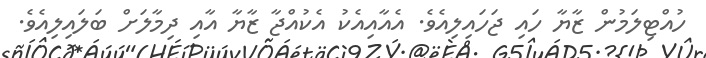
ހުއްޓިލަމުން ޒާޔާ ހައި ޖަހައިލިއެވެ. އެއާއިއެކު އެކުއްޖާ ޒާޔާ އާއި ދިމާލަށް ބަލައިލިއެވެ.